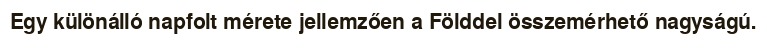
Egy különálló napfolt mérete jellemzően a Földdel összemérhető nagyságú.